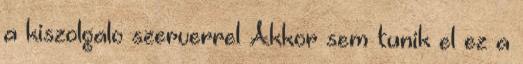
a kiszolgalo szerverrel Akkor sem tunik el ez a